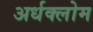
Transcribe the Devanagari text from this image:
अर्धक्लोम